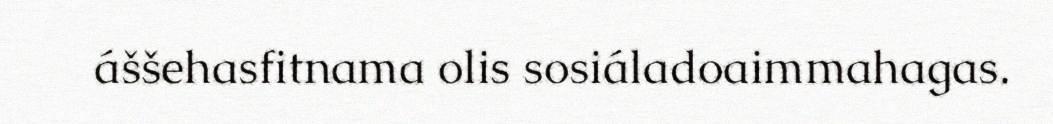
áššehasfitnama olis sosiáladoaimmahagas.